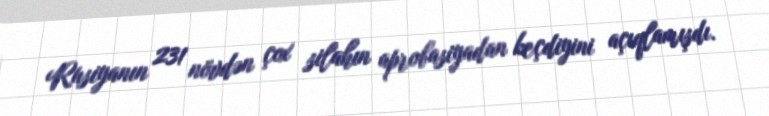
Rusiyanın 231 növdən çox silahın aprobasiyadan keçdiyini açıqlamışdı.